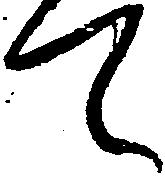
て